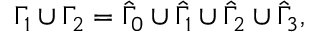
\Gamma _ { 1 } \cup \Gamma _ { 2 } = \hat { \Gamma } _ { 0 } \cup \hat { \Gamma } _ { 1 } \cup \hat { \Gamma } _ { 2 } \cup \hat { \Gamma } _ { 3 } ,